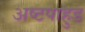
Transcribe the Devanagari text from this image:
अष्टपाहुड